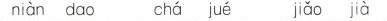
niàn dao chá jué jiǎo jià